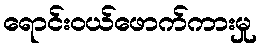
ရောင်းဝယ်ဖောက်ကားမှု